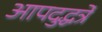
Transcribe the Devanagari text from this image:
आपदुद्धर्त्रे